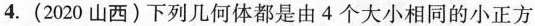
4.（2020山西）下列几何体都是由4个大小相同的小正方